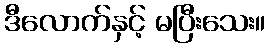
ဒီလောက်နှင့် မပြီးသေး။